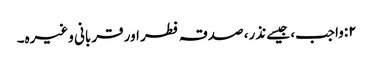
٢:واجب، جیسے نذر، صدقہ فطر اور قربانی وغیرہ۔